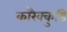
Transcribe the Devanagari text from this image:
कारैक्कुडि